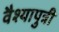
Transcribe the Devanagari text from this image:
वैश्यापुत्री